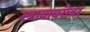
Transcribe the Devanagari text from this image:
स्त्रावाबरोबर